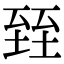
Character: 臸